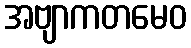
အဗျာကတမေဝ